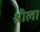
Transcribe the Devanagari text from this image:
श्रीला